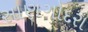
સાણગોદરા